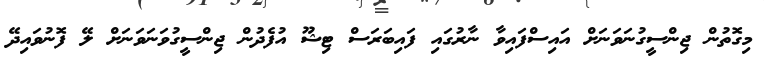
މިގޮތުން ޖިންސީގުނަވަނަށް އައިސްފައިވާ ނާރުގައި ފައިބަރަސް ޓިޝޫ އުފެދުން ޖިންސީގުވަނަވަނަށް ލޭ ފޮނުވައިދޭ